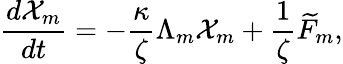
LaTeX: \frac{d\mathcal{X}_{m}}{dt}=-\frac{\kappa}{\zeta}\Lambda_{m}\mathcal{X}_{m}+\frac{1}{\zeta}\widetilde{F}_{m},